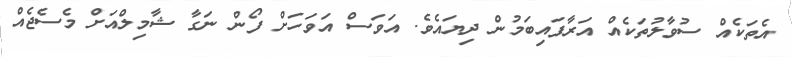
އެތަކެއް ސުވާލުތަކެއް އަރާފައިބަމުން ދިޔައެވެ. އަވަސް އަވަހަށް ފޯން ނަގާ ޝާމިލްއަށް މެސެޖެއް